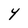
Character: Y